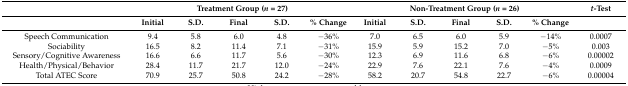
|  | <COLSPAN=5> Treatment Group (n = 27) | <COLSPAN=5> Non-Treatment Group (n = 26) | t-Test |
 |  | Initial | S.D. | Final | S.D. | % Change | Initial | S.D. | Final | S.D. | % Change |  |
 | --- | --- | --- | --- | --- | --- | --- | --- | --- | --- | --- | --- |
 | Speech Communication | 9.4 | 5.8 | 6.0 | 4.8 | −36% | 7.0 | 6.5 | 6.0 | 5.9 | −14% | 0.0007 |
 | Sociability | 16.5 | 8.2 | 11.4 | 7.1 | −31% | 15.9 | 5.9 | 15.2 | 7.0 | −5% | 0.003 |
 | Sensory/Cognitive Awareness | 16.6 | 6.6 | 11.7 | 5.6 | −30% | 12.3 | 6.9 | 11.6 | 6.8 | −6% | 0.00002 |
 | Health/Physical/Behavior | 28.4 | 11.7 | 21.7 | 12.0 | −24% | 22.9 | 7.6 | 22.1 | 7.6 | −4% | 0.0009 |
 | Total ATEC Score | 70.9 | 25.7 | 50.8 | 24.2 | −28% | 58.2 | 20.7 | 54.8 | 22.7 | −6% | 0.00004 |